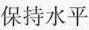
保持水平